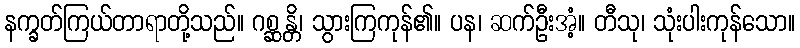
နက္ခတ်ကြယ်တာရာတို့သည်။ ဂစ္ဆန္တိ၊ သွားကြကုန်၏။ ပန၊ ဆက်ဦးအံ့။ တီသု၊ သုံးပါးကုန်သော။